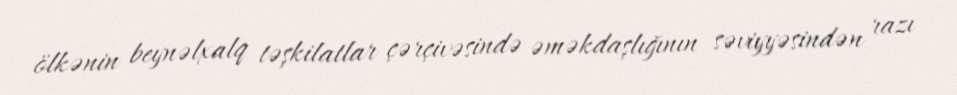
ölkənin beynəlxalq təşkilatlar çərçivəsində əməkdaşlığının səviyyəsindən razı